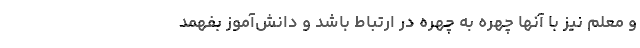
و معلم نیز با آنها چهره‌ به چهره در ارتباط باشد و دانش‌آموز بفهمد